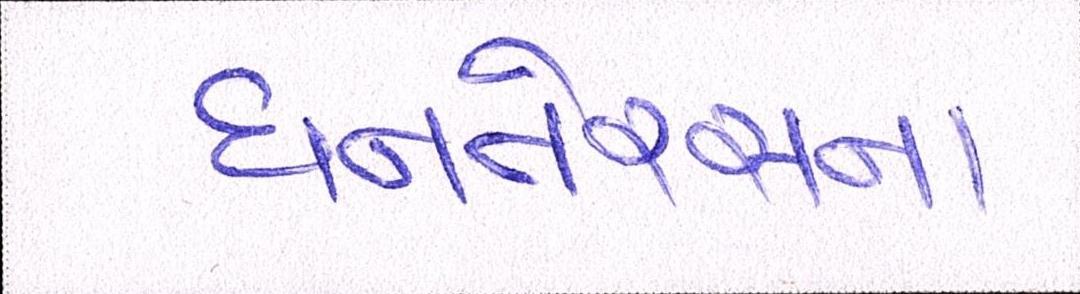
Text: ધનતેરસના